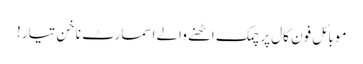
موبائل فون کال پر چمک اٹھنے والے اسمارٹ ناخن تیار!